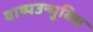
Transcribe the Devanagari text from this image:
वाष्पउन्मुक्ति